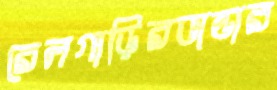
রেলগাড়িরভান্ডার